Annual report on the working of the lock hospitals in the North-Western Provinces and Oudh
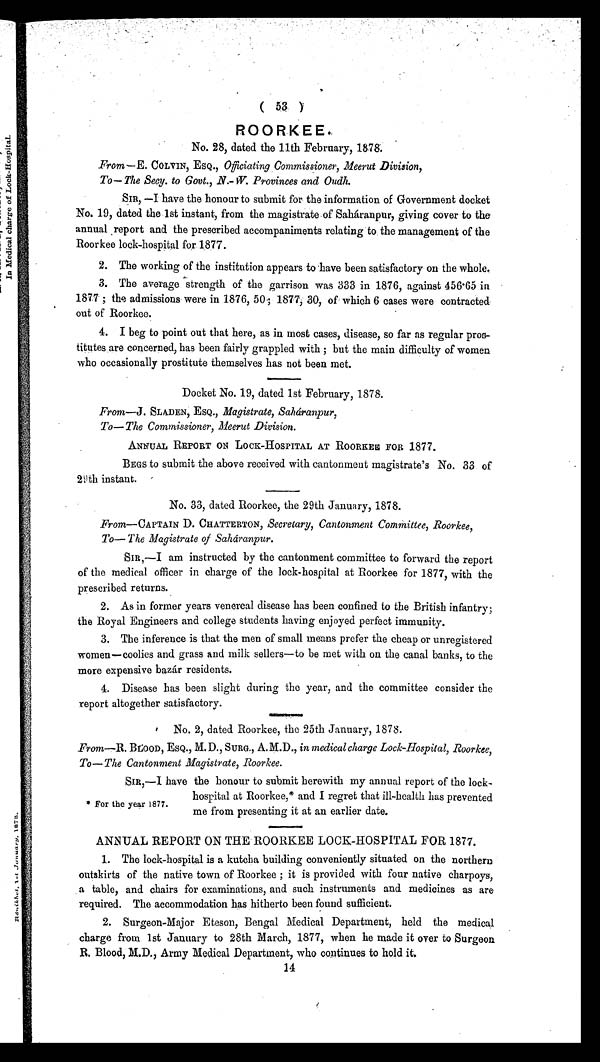
( 53 )
ROORKEE.
No. 28, dated the 11th February, 1878.
From -- E. COLVIN, ESQ., Officiating Commissioner, Meerut Division,
To—The Secy. to Govt., . N. W. Provinces and Oudh.
SIR, —I have the honour to submit for the information of Government docket
No. 19, dated the 1st instant, from the magistrate of Saháranpur, giving cover to the
annual report and the prescribed accompaniments relating to the management of the
Roorkee lock-hospital for. 1877.
2. The working of the institution appears to have been satisfactory on the whole.
3. The average strength of the garrison was 333 in 1876, against 456.65 in
1877 ; the admissions were in 1876, 50; 1877, 30, of which 6 cases were contracted
out of Roorkee.
4. I beg to point out that here, as in most cases, disease, so far as regular pros-
titutes are concerned, has been fairly grappled with; but the main difficulty of women
who occasionally prostitute themselves has not been met.
Docket No. 19, dated 1st February, 1878.
From—J. SLADEN, ESQ., Magistrate, Saháranpur,
To—The Commissioner, Meerut Division.
ANNUAL REPORT ON LOCK-HOSPITAL AT ROORKEE FOR 1877.
BEGS to submit the above received with cantonment magistrate's No. 33 of
29th instant.
No. 33, dated Roorkee, the 29th January, 1878.
From—CAPTAIN D. CHATTERTON, Secretary, Cantonment Committee, Roorkee,
To—The Magistrate of Saháranpur.
SIR,—I am instructed by the cantonment committee to forward the report
of the medical officer in charge of the lock-hospital at Roorkee for 1877, with the
prescribed returns.
2. As in former years venereal disease has been confined to the British infantry;
the Royal Engineers and college students having enjoyed perfect immunity.
3. The inference is that the men of small means prefer the cheap or unregistered
women—coolies and grass and milk sellers—to be met with on the canal banks, to the
more expensive bazár residents.
4. Disease has been slight during the year, and the committee consider the
report altogether satisfactory.
No. 2, dated Roorkee, the 25th January, 1878.
From-R. BLOOD, ESQ., M. D., SURG., A. M.D., in medical charge Lock-Hospital, Roorkee,
To—The Cantonment Magistrate, Roorkee.
SIR,—I have the honour to submit herewith my annual report of the lock-
hospital at Roorkee,* and I regret that ill-health has prevented
me from presenting it at an earlier date.
ANNUAL REPORT ON THE ROORKEE LOCK-HOSPITAL FOR 1877.
1. The lock-hospital is a kutcha building conveniently situated on the northern
outskirts of the native town of Roorkee ; it is provided with four native charpoys,
a table, and chairs for examinations, and such instruments and medicines as are
required. The accommodation has hitherto been found sufficient.
2. Surgeon-Major Eteson, Bengal Medical Department, held the medical
charge from 1st January to 28th March, 1877, when he made it over to Surgeon
R Blood, M.D., Army Medical Department, who continues to hold it.
* For the year 1877.
14